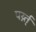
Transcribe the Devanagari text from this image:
पर्य्न्त्